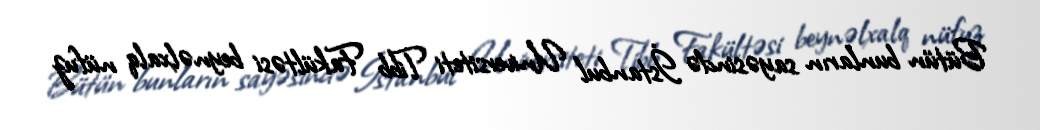
Bütün bunların sayəsində İstanbul Universiteti Tibb Fakültəsi beynəlxalq nüfuz